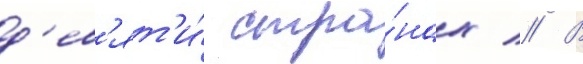
д'ев'ят'и́ стра́нах // В